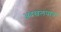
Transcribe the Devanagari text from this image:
अदखलपात्र